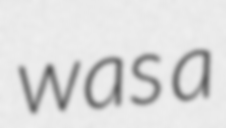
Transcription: was a